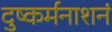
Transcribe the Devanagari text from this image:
दुष्कर्मनाशनं